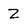
Character: z